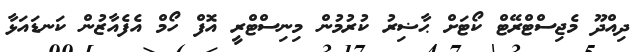
ދިއްދޫ މެޖިސްޓްރޭޓް ކޯޓަށް ޙާޟިރު ކުރުމުން މިނިސްޓްރީ އޮފް ހޯމް އެފެއާޒުން ކަނޑައަޅާ